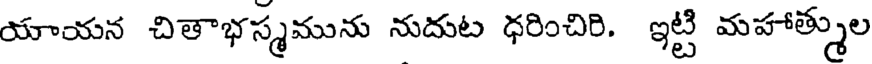
యాయన చితాభస్మమును నుదుట ధరించిరి. ఇట్టి మహాత్ముల